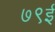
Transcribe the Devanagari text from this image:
७९ई